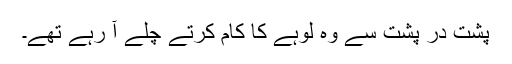
پشت در پشت سے وہ لوہے کا کام کرتے چلے آ رہے تھے۔